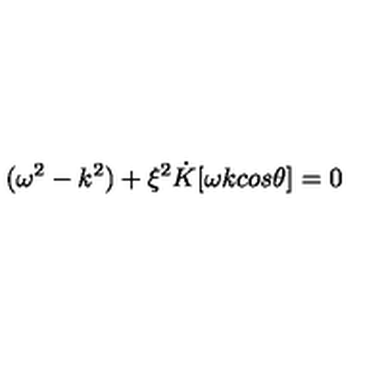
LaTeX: ( { \omega } ^ { 2 } - k ^ { 2 } ) + { \xi } ^ { 2 } \dot { K } [ { \omega } k c o s { \theta } ] = 0